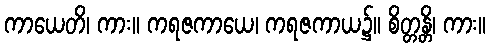
ကာယေတိ၊ ကား။ ကရဇကာယေ၊ ကရဇကာယ၌။ စိတ္တန္တိ၊ ကား။